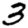
Digit: 3